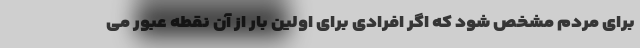
برای مردم مشخص شود که اگر افرادی برای اولین بار از آن نقطه عبور می